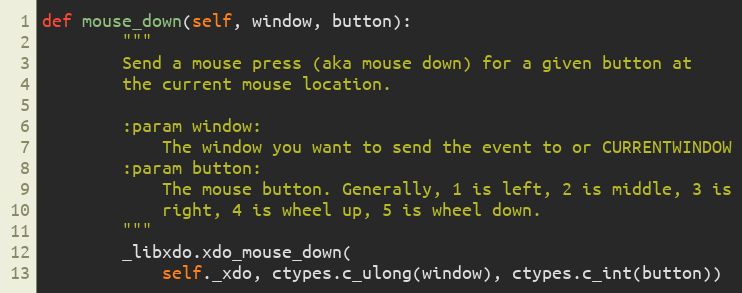
Language: Python
def mouse_down(self, window, button):
        """
        Send a mouse press (aka mouse down) for a given button at
        the current mouse location.

        :param window:
            The window you want to send the event to or CURRENTWINDOW
        :param button:
            The mouse button. Generally, 1 is left, 2 is middle, 3 is
            right, 4 is wheel up, 5 is wheel down.
        """
        _libxdo.xdo_mouse_down(
            self._xdo, ctypes.c_ulong(window), ctypes.c_int(button))